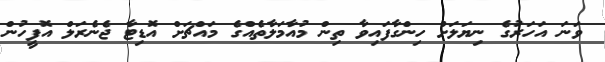
ވަނަ އަހަރުގެ ނިޔަލަށް ހިންގާފައިވާ ތިން މުއާމަލާތެއްގެ މައްޗަށް އޮޑިޓާ ޖެނެރަލް އޮފީހުން